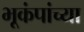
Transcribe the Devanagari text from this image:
भूकंपांच्या